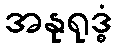
အနုရုဒ္ဓံ